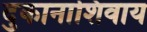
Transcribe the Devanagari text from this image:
दुकानाशिवाय